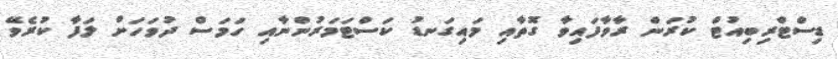
ޑިސްޓްރިބިއުޓް ކުރަން ރާވާފައިވާ ގޮތާއި މައިގަނޑު ކަސްޓަމަރުންނާއި ހަމަސް ދުވަހަށް ލަފާ ކުރެވޭ